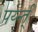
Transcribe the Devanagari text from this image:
पर्य्न्त्